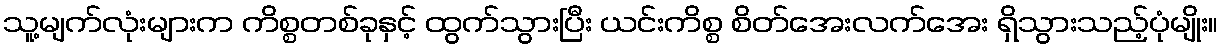
သူ့မျက်လုံးများက ကိစ္စတစ်ခုနှင့် ထွက်သွားပြီး ယင်းကိစ္စ စိတ်အေးလက်အေး ရှိသွားသည့်ပုံမျိုး။